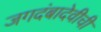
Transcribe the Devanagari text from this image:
जगदंबादेवीची